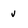
Character: j